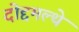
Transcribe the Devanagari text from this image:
दोद्दमल्थे